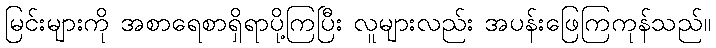
မြင်းများကို အစာရေစာရှိရာပို့ကြပြီး လူများလည်း အပန်းဖြေကြကုန်သည်။